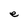
Character: e